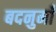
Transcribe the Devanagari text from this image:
बदनुमाँ